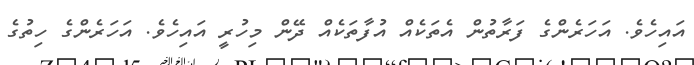
އައިހެވެ. އަހަރެންގެ ފަރާތުން އެތަކެއް އުފާތަކެއް ދޭން މިހުރީ އައިހެވެ. އަހަރެންގެ ހިތުގެ